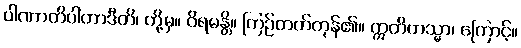
ပါဏာတိပါတာဒီတိ၊ တို့မှ။ ဝိရမန္တိ။ ကြဉ်တတ်ကုန်၏။ ဣတိတသ္မာ၊ ကြောင့်။